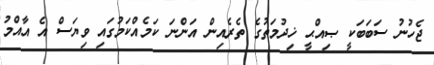
ޖެހުނު ސަބަބަކީ ޞިއްޙީ ޚިދުމަތުގެ ތެރެއިން އަންނަ ކަމެއްކަމުގައި ވިޔަސް އެ އާއްމު